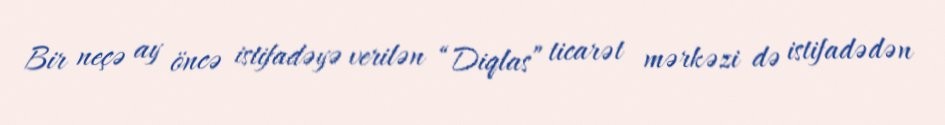
Bir neçə ay öncə istifadəyə verilən “Diqlas” ticarət mərkəzi də istifadədən